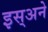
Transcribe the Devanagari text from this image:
इस्अने